Indian journal of veterinary science and animal husbandry - Volumes 15-17, 1948-1951
Year: 1948
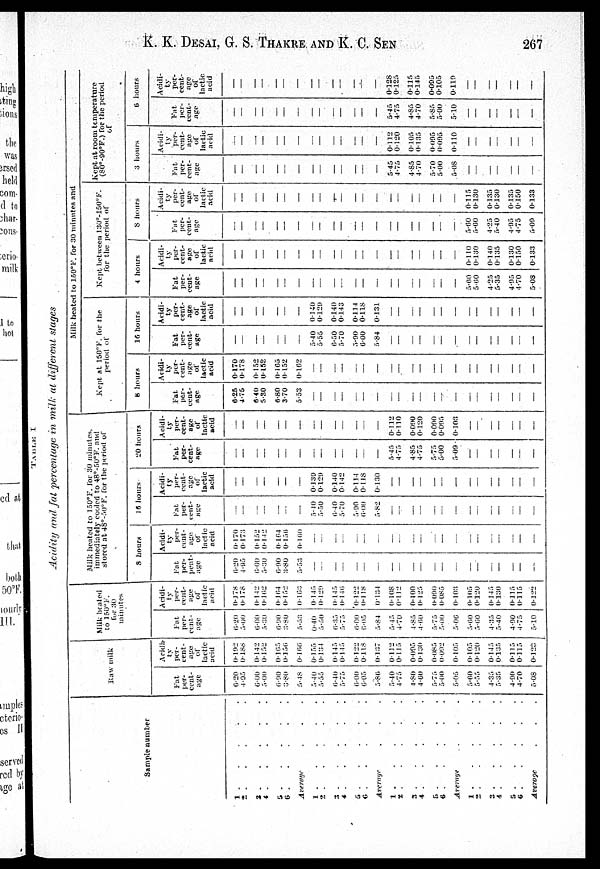
K. K. DESAI, G. S. THAKRE AND K. C. SEN 267
TABLE
I
Acidity and fat percentage in milk at different stages
Sample number
1 . . . . .
2. . . . .
3.
.
.
.
.
4. . . . .
5. . . . .
6 . . . . .
Average . . .
1 . . . . .
2. . . . .
3 . . . . .
4
.
.
.
.
.
5 . . . . .
6 . . . . .
Average . . .
1 . . . . .
2 . . . . .
3.
.
.
.
.
4.
.
.
.
.
5.
.
.
.
.
6 . . . . .
Average . . .
1.
.
.
.
.
2. . . . .
3.
.
.
.
.
4.
.
.
.
.
5.
.
.
.
.
6. . . . .
Average . . .
Row milk
Fat
per-
cent-
age
6.20
4.95
6.00
5.00
6.90
3.80
5.48
5.40
5.55
6.40
5.75
6.00
6.05
5.86
5.40
4.75
4.80
4.60
5.75
5.00
5.05
5.60
5.55
4.35
5.35
4.90
4.70
5.08
Acidi-
ty
per-
cent-
age
of
lactic
acid
0.192
0. 188
0.142
0.152
0.165
0.156
0.166
0.155
0.134
0.145
0.145
0.122
0.118
0.137
0.112
0.115
0.095
0.130
0.085
0.092
0.105
0.105
0.120
0.145
0.135
0.115
0.115
0.123
Milk becated
to 150ºF
for 30
minutes
Fat
per-
cent-
age
6.20
5.00
6.00
5.30
6.90
3.80
5.53
0.40
5.50
6.35
5.75
6.00
6.05
5.84
5.45
4.70
4.85
4.60
5.75
5.00
5.06
5.60
5.60
4.35
5.40
4.90
4.75
5.10
Acidi-
ty
per-
cent-
age
of
lactic
acid
0.178
0.178
0.142
0.162
0.164
0.152
0.168
0.145
0.129
0.145
0.146
0.422
0.118
0.134
0.108
0.112
0.100
0.125
0.090
0.085
0.103
0.105
0.120
0.145
0.130
0.115
0.115
0.122
Milk heated to 150ºF. for 30 minutes,
immediately cooled to 48º-50ºF. and
stored at 48º-50ºF. for the period of
8 hours
Fat
per-
pent-
age
6.20
4.95
6.00
5.30
6.90
3.80
5.53
—
—
—
—
—
—
—
—
—
—
—
—
—
—
—
—
—
—
—
—
—
Acidi-
ty
per-
cent-
age
of
lactic
acid
0.170
0.173
0.152
0.142
0.164
0.156
0.160
—
—
—
—
—
—
—
—
—
—
—
—
—
—
—
—
—
—
—
—
—
16 hours
Fat
per-
cent-
age
—
—
—
—
—
—
—
5.10
5.50
6.40
5.70
5.90
6.00
5.82
—
—
—
—
—
—
—
—
—
—
—
—
—
—
Acidi-
ty
per-
cent-
age
or
lactic
acid
—
—
—
—
—
—
—
0.139
0.129
0.140
0142
0.144
0.118
0.130
—
—
—
—
—
—
—
—
—
—
—
—
—
—
20 hours
Fat
per-
cent-
age
—
—
—
—
—
—
—
—
—
—
—
—
—
—
5.45
4.75
4.85
4.75
5.75
5.00
5.09
—
—
—
—
—
—
—
Acidi-
ty
per-
cent-
age
of
lactic
acid
—
—
—
—
—
—
—
—
—
—
—
—
—
—
0.112
0.110
0.090
0.120
0.090
0.095
0.103
—
—
—
—
—
—
—
Milk heated to 150ºF. for 30 minutes and
Kept at 150ºF. for the
period of
8 hours
Fat
per-
cent-
age
6.26
4.75
6.40
5.30
6.80
3.70
5.53
—
—
—
—
—
—
—
—
—
—
—
—
—
—
—
—
—
—
—
—
—
Acidi-
ty
per-
cent-
age
of
lactic
acid
0.170
0.178
0.152
0.152
0.165
0.152
0.162
—
—
—
—
—
—
—
—
—
—
—
—
—
—
—
—
—
—
—
—
—
16 hours
Fat
per-
cent-
age
—
—
—
—
—
—
—
5.40
5.55
6.50
5.70
5.90
6.00
5.84
—
—
—
—
—
—
—
—
—
—
—
—
—
—
Acidi-
ty
per-
cent-
age
or
lactic
acid
—
—
—
—
—
—
—
0.140
0.129
0.140
0.143
0.114
0.118
0.131
—
—
—
—
—
—
—
—
—
—
—
—
—
—
Kept between 130º -150º F.
for the period of
4 hours
Fat
per-
cent-
age
—
—
—
—
—
—
—
—
—
—
—
—
—
—
—
—
—
—
—
—
—
5.60
5.60
4.25
5.35
4.95
4.70
5.08
Acidi-
ty
per-
cent-
age
of
lactic
acid
—
—
—
—
—
—
—
—
—
—
—
—
—
—
—
—
—
—
—
—
—
0.110
0.130
0.140
0.135
0.130
0.150
0.133
8 hours
Fat
per-
cent-
age
—
—
—
—
—
—
—
—
—
—
—
—
—
—
—
—
—
—
—
—
—
5.60
5.60
4.25
5.40
4.95
4.75
5.09
Acidi-
ty
per-
cent-
age
of
lactic
acid
—
—
—
—
—
—
—
—
—
—
—
—
—
—
—
—
—
—
—
—
—
0.115
0.130
0.135
0.130
0.135
0.150
0.133
Kept at room temperature
(80º-90º F.) for the period
of
3 hours
Fat
per-
cent-
age
—
—
—
—
—
—
—
—
—
—
—
—
—
—
5.45
4.75
4.85
4.70
5.70
5.00
5.08
—
—
—
—
—
—
—
Acidi-
ty
per-
cent-
age
of
lactic
acid
—
—
—
—
—
—
—
—
—
—
—
—
—
—
0.112
0.120
0.105
0.135
0.005
0.095
0.110
—
—
—
—
—
—
—
6 hours
Fat
per-
cent-
age
—
—
—
—
—
—
—
—
—
—
—
—
—
—
5.45
4.75
4.85
4.70
5.85
5.00
5.10
—
—
—
—
—
—
—
Acidi-
ty
per-
cent-
age
of
lactic
acid
—
—
—
—
—
—
—
—
—
—
—
—
—
—
0.128
0.125
0.115
0.145
0.095
0.105
0.119
—
—
—
—
—
—
—